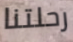
رحلتنا